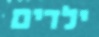
ילדים